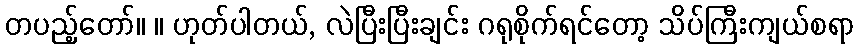
တပည့်တော်။ ။ ဟုတ်ပါတယ်, လဲပြီးပြီးချင်း ဂရုစိုက်ရင်တော့ သိပ်ကြီးကျယ်စရာ